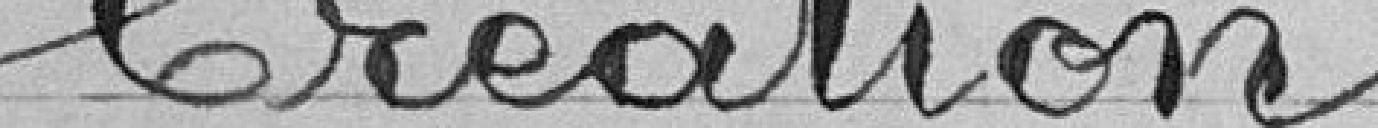
Création